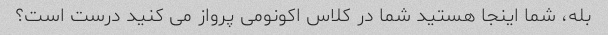
بله، شما اینجا هستید شما در کلاس اکونومی پرواز می کنید درست است؟